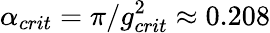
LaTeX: \alpha_{crit}=\pi/g_{crit}^{2}\approx 0.208